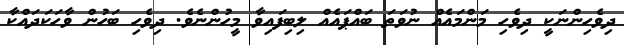
ދިވެހިންނަކީ ދިވެހި މަންމައެއް ނުވަތަ ބައްޕައެއް ލިބިފައިވާ މީހުންނެވެ. ދިވެހި ބަހުން ވާހަކަދައްކާ